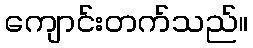
ကျောင်းတက်သည်။